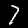
Label: 7